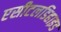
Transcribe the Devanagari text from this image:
एसीटलडिहाइड